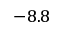
- 8 . 8